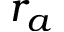
r _ { a }